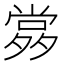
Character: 𡖹